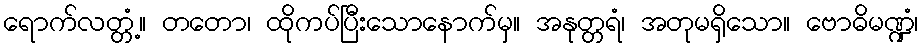
ရောက်လတ္တံ့။ တတော၊ ထိုကပ်ပြီးသောနောက်မှ။ အနုတ္တရံ၊ အတုမရှိသော။ ဗောဓိမဏ္ဍံ၊